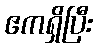
ဧကရှိပြီး